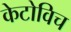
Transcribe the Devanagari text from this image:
केटोविच